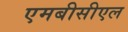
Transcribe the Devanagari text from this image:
एमबीसीएल